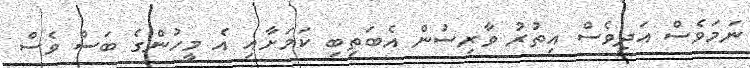
ނަމަވެސް އަދިވެސް އިތުރު ވާރިސުން އެބަތިބި ކަމަށާއި އެ މީހުންގެ ބަސް ވެސް